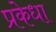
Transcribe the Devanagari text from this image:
प्रकेधा